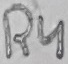
Text: R4